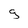
Character: g